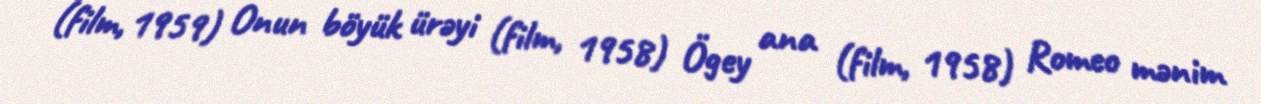
(film, 1959) Onun böyük ürəyi (film, 1958) Ögey ana (film, 1958) Romeo mənim